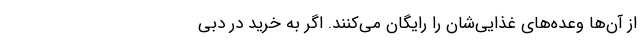
از آن‌ها وعده‌های غذایی‌شان را رایگان می‌کنند. اگر به خرید در دبی